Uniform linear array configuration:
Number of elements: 24
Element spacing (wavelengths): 0.5
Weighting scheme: binomial
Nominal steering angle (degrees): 15
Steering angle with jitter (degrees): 14.235
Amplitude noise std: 0.05
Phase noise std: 0.05

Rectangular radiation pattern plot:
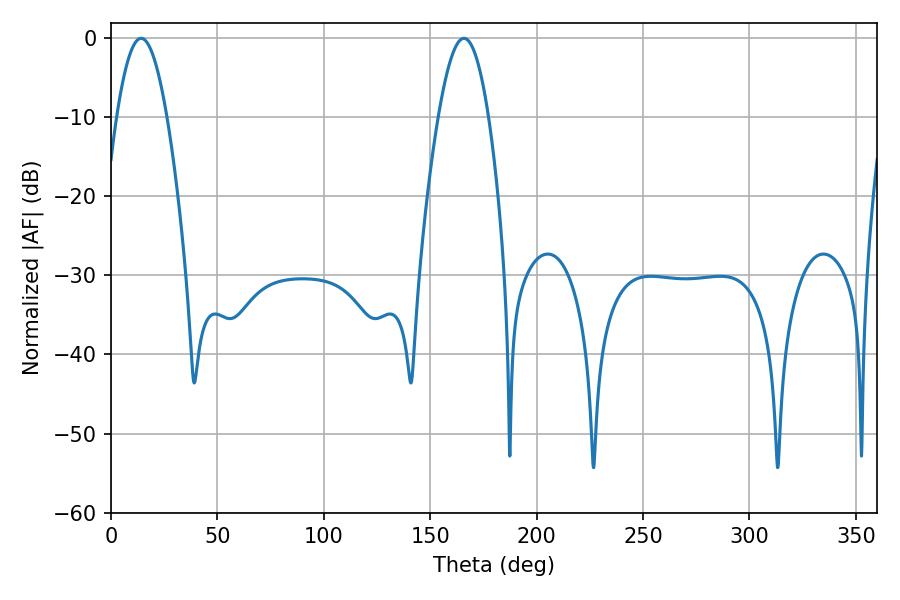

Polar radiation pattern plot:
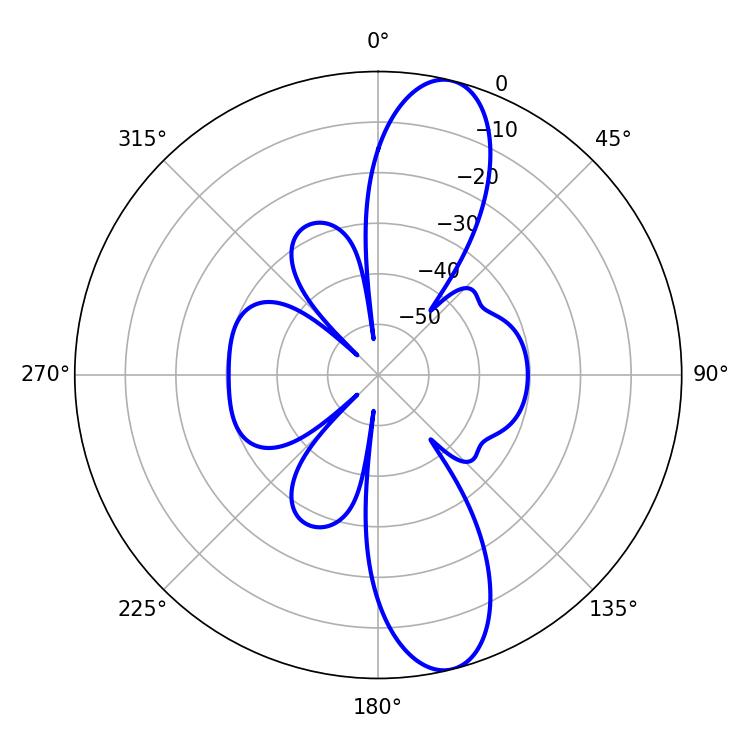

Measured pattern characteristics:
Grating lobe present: FALSE
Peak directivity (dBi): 12.272
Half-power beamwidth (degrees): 12.96
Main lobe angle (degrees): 165.78